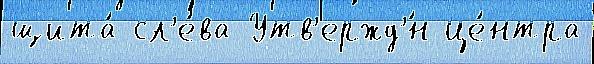
щита́ сл'е́ва Утв'ержд'́н це́нтра